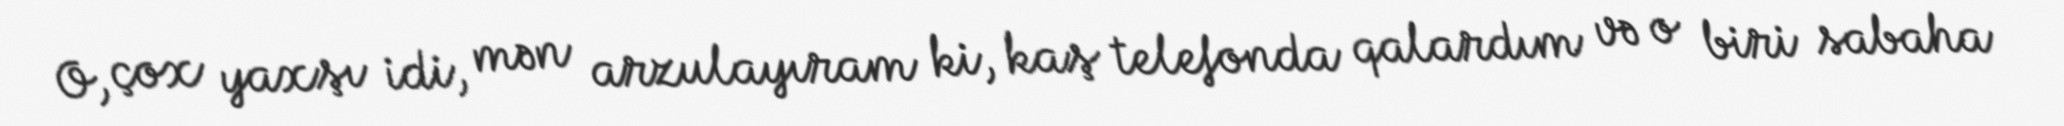
O, çox yaxşı idi, mən arzulayıram ki, kaş telefonda qalardım və o biri sabaha